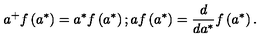
a ^ { + } f \left( a ^ { \ast } \right) = a ^ { \ast } f \left( a ^ { \ast } \right) ; a f \left( a ^ { \ast } \right) = \frac { d } { d a ^ { \ast } } f \left( a ^ { \ast } \right) .